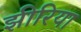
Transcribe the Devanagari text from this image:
झीरिया